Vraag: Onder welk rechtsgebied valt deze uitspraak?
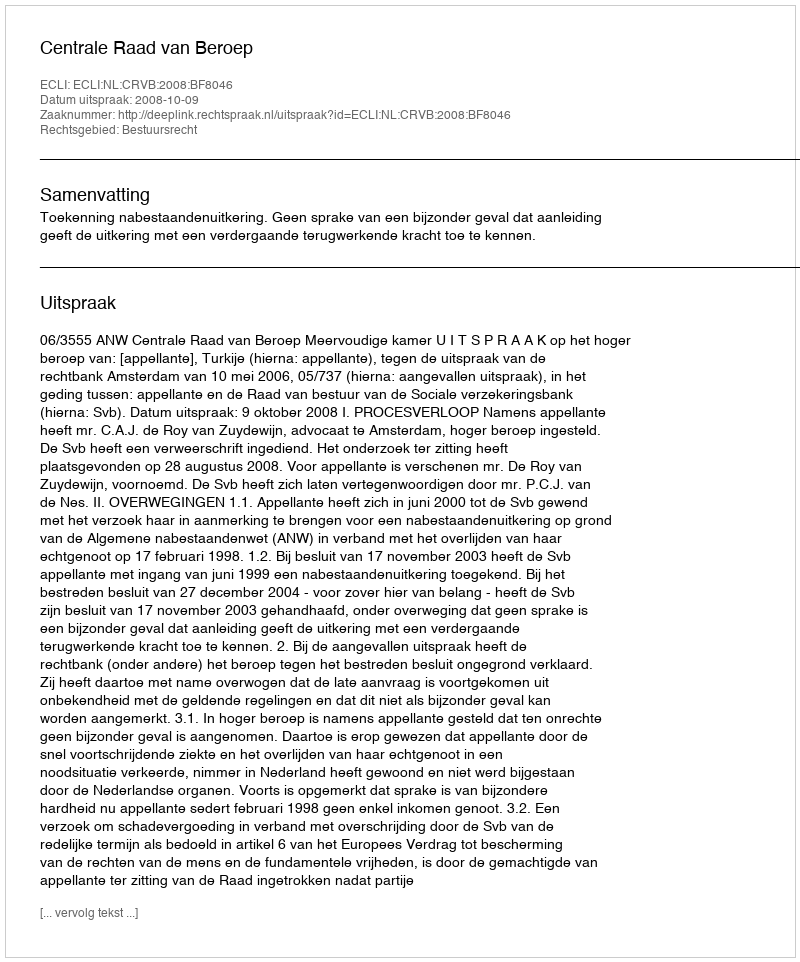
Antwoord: Bestuursrecht